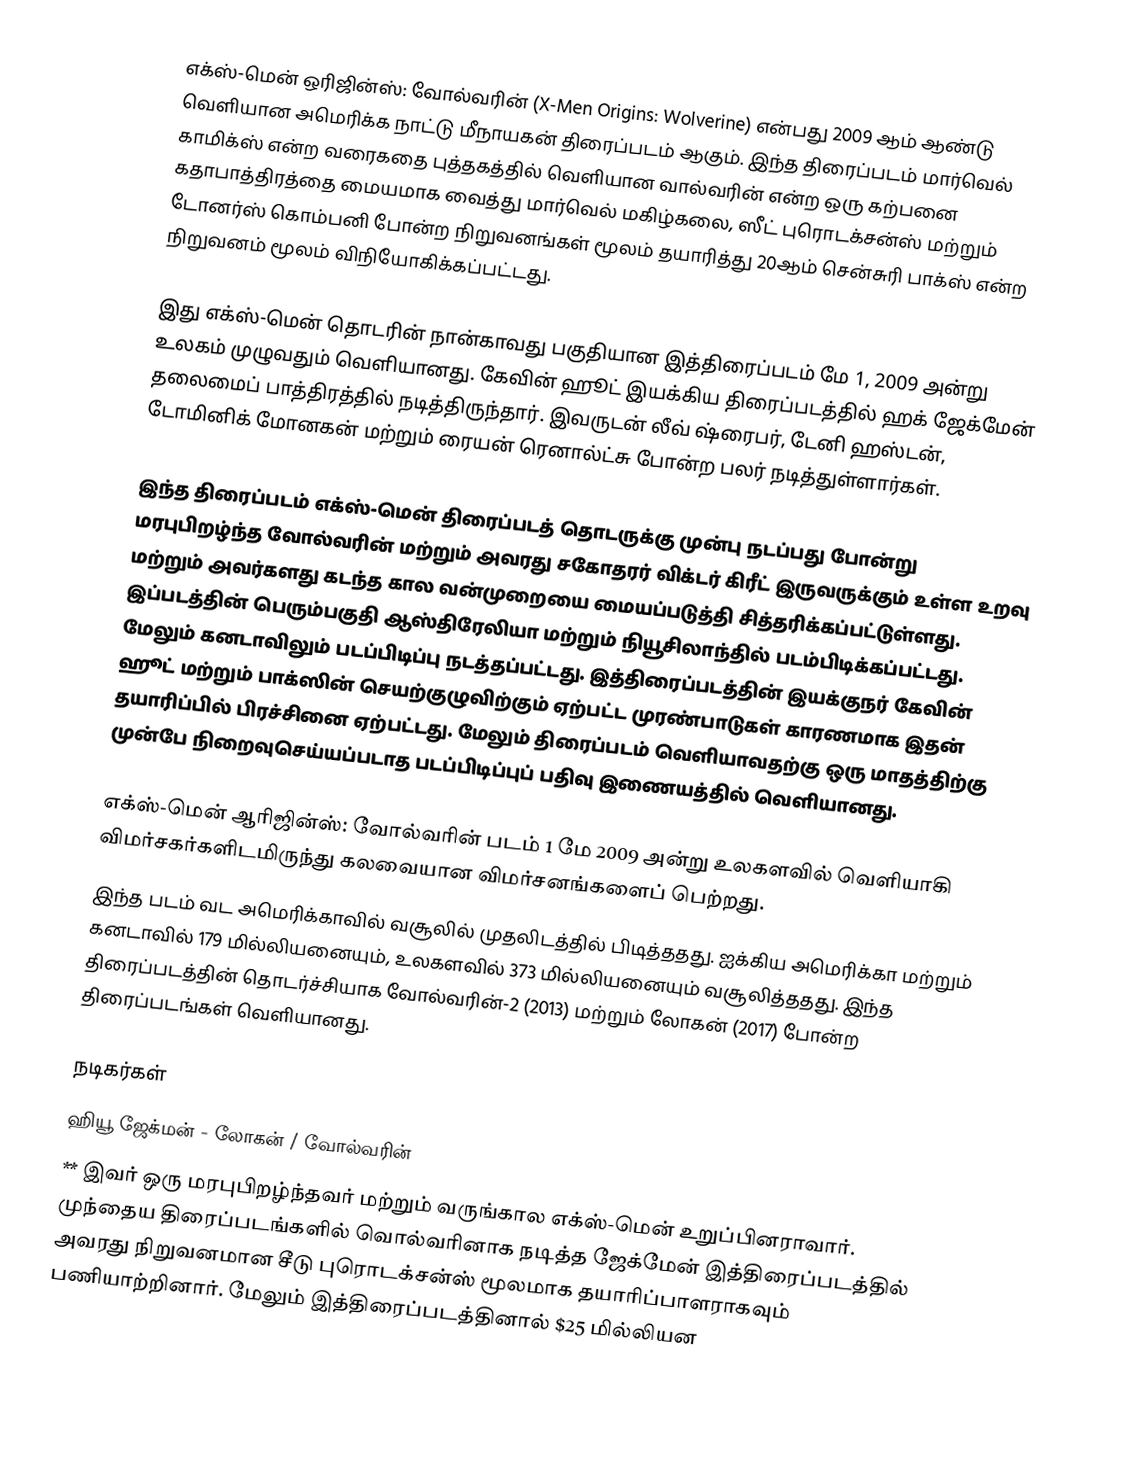
எக்ஸ்-மென் ஒரிஜின்ஸ்: வோல்வரின் (X-Men Origins: Wolverine) என்பது 2009 ஆம் ஆண்டு வெளியான அமெரிக்க நாட்டு மீநாயகன் திரைப்படம் ஆகும். இந்த திரைப்படம் மார்வெல் காமிக்ஸ் என்ற வரைகதை புத்தகத்தில் வெளியான வால்வரின் என்ற ஒரு கற்பனை கதாபாத்திரத்தை மையமாக வைத்து மார்வெல் மகிழ்கலை, ஸீட் புரொடக்சன்ஸ் மற்றும் டோனர்ஸ் கொம்பனி போன்ற நிறுவனங்கள் மூலம் தயாரித்து 20ஆம் சென்சுரி பாக்ஸ் என்ற நிறுவனம் மூலம் விநியோகிக்கப்பட்டது.

இது எக்ஸ்-மென் தொடரின் நான்காவது பகுதியான இத்திரைப்படம் மே 1, 2009 அன்று உலகம் முழுவதும் வெளியானது. கேவின் ஹூட் இயக்கிய திரைப்படத்தில் ஹக் ஜேக்மேன் தலைமைப் பாத்திரத்தில் நடித்திருந்தார். இவருடன் லீவ் ஷ்ரைபர், டேனி ஹஸ்டன், டோமினிக் மோனகன் மற்றும் ரையன் ரெனால்ட்சு போன்ற பலர் நடித்துள்ளார்கள்.

இந்த திரைப்படம் எக்ஸ்-மென் திரைப்படத் தொடருக்கு முன்பு நடப்பது போன்று மரபுபிறழ்ந்த வோல்வரின் மற்றும் அவரது சகோதரர் விக்டர் கிரீட் இருவருக்கும் உள்ள உறவு மற்றும் அவர்களது கடந்த கால வன்முறையை மையப்படுத்தி சித்தரிக்கப்பட்டுள்ளது. இப்படத்தின் பெரும்பகுதி ஆஸ்திரேலியா மற்றும் நியூசிலாந்தில் படம்பிடிக்கப்பட்டது. மேலும் கனடாவிலும் படப்பிடிப்பு நடத்தப்பட்டது. இத்திரைப்படத்தின் இயக்குநர் கேவின் ஹூட் மற்றும் பாக்ஸின் செயற்குழுவிற்கும் ஏற்பட்ட முரண்பாடுகள் காரணமாக இதன் தயாரிப்பில் பிரச்சினை ஏற்பட்டது. மேலும் திரைப்படம் வெளியாவதற்கு ஒரு மாதத்திற்கு முன்பே நிறைவுசெய்யப்படாத படப்பிடிப்புப் பதிவு இணையத்தில் வெளியானது.

எக்ஸ்-மென் ஆரிஜின்ஸ்: வோல்வரின் படம் 1 மே 2009 அன்று உலகளவில் வெளியாகி விமர்சகர்களிடமிருந்து கலவையான விமர்சனங்களைப் பெற்றது.
இந்த படம் வட அமெரிக்காவில் வசூலில் முதலிடத்தில் பிடித்ததது. ஐக்கிய அமெரிக்கா மற்றும் கனடாவில் 179 மில்லியனையும், உலகளவில் 373 மில்லியனையும் வசூலித்ததது. இந்த திரைப்படத்தின் தொடர்ச்சியாக வோல்வரின்-2 (2013) மற்றும் லோகன் (2017) போன்ற திரைப்படங்கள் வெளியானது.

நடிகர்கள்
 ஹியூ ஜேக்மன் - லோகன் / வோல்வரின்
 ** இவர் ஒரு மரபுபிறழ்ந்தவர் மற்றும் வருங்கால எக்ஸ்-மென் உறுப்பினராவார். முந்தைய திரைப்படங்களில் வொல்வரினாக நடித்த ஜேக்மேன் இத்திரைப்படத்தில் அவரது நிறுவனமான சீடு புரொடக்சன்ஸ் மூலமாக தயாரிப்பாளராகவும் பணியாற்றினார். மேலும் இத்திரைப்படத்தினால் $25 மில்லியன